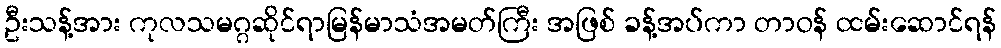
ဦးသန့်အား ကုလသမဂ္ဂဆိုင်ရာမြန်မာသံအမတ်ကြီး အဖြစ် ခန့်အပ်ကာ တာဝန် ထမ်းဆောင်ရန်